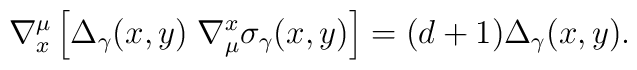
\nabla_x^\mu \left[ \Delta_\gamma(x,y) \;\nabla^x_\mu\sigma_\gamma(x,y) \right]= (d+1) \Delta_\gamma(x,y).